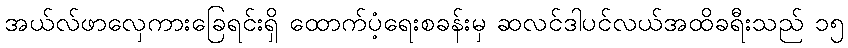
အယ်လ်ဖာလှေကားခြေရင်းရှိ ထောက်ပံ့ရေးစခန်းမှ ဆလင်ဒါပင်လယ်အထိခရီးသည် ၁၅